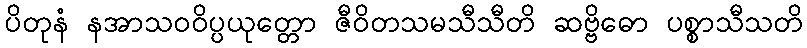
ပိတုနံ နအာသဝဝိပ္ပယုတ္တော ဇီဝိတသမသီသီတိ ဆဗ္ဗိဓော ပစ္စာသီသတိ